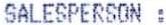
SALESPERSON :